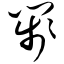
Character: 笺